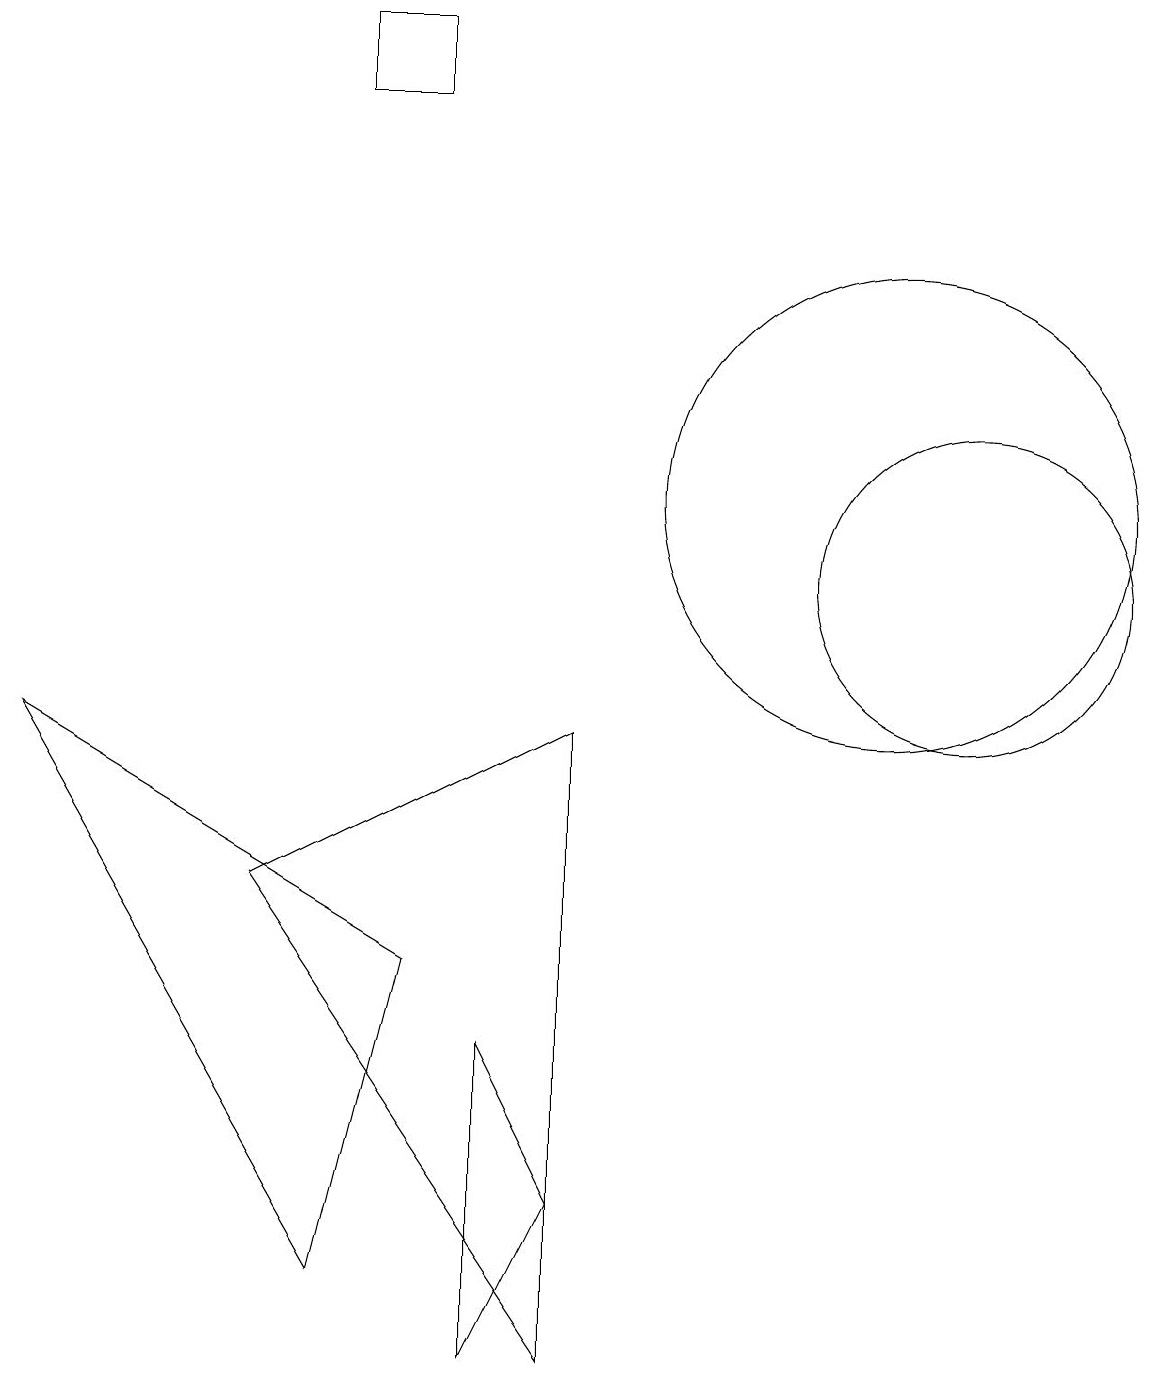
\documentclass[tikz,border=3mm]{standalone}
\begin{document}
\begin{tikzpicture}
\draw (12,10) circle (2);
\draw (6,4) -- (6,0) -- (7,2) -- cycle;
\draw (4,16) rectangle (5,17);
\draw (3,6) -- (7,0) -- (7,8) -- cycle;
\draw (11,11) circle (0);
\draw (11,11) circle (3);
\draw (5,5) -- (0,8) -- (4,1) -- cycle;
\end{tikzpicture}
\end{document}